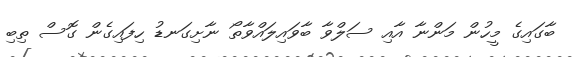
ބާގައިގެ މީހުން މަންނާ އާއި ސަލްވާ ބާވައިލައްވާތޯ ނާށިގަނޑު ހިފައިގެން ގޮސް ތިބި